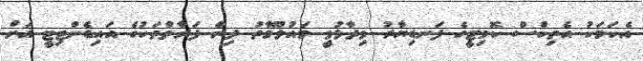
އެކަމަކު އެތިކްސް ކޮމިޓީގެ ފަނޑިޔާރު ވިދާޅުވީ މައުލޫމާތު ދިން ފަރާތްތަކުގެ އައިޑެންޓިޓީ އަށް